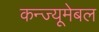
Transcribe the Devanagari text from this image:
कन्ज्यूमेबल